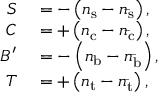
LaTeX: \begin{array} { r l } { S } & { { } = - \left( n _ { \mathrm { s } } - n _ { \mathrm { \bar { s } } } \right) , } \\ { C } & { { } = + \left( n _ { \mathrm { c } } - n _ { \mathrm { \bar { c } } } \right) , } \\ { B ^ { \prime } } & { { } = - \left( n _ { \mathrm { b } } - n _ { \mathrm { \bar { b } } } \right) , } \\ { T } & { { } = + \left( n _ { \mathrm { t } } - n _ { \mathrm { \bar { t } } } \right) , } \end{array}